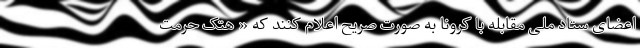
اعضای ستاد ملی مقابله با کرونا به صورت صریح اعلام کنند که « هتک حرمت